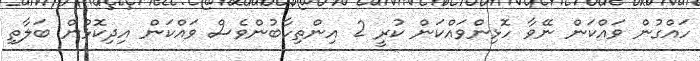
ހައްގުން ވައްކަން ނޭވާ ހޮޅިންވައްކަން ކުރީ 2 އިންތިހާބުންވެސް ވައްކަން އިދިކޮޅުން ބަލާތި